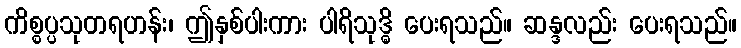
ကိစ္စပ္ပသုတရဟန်း၊ ဤနှစ်ပါးကား ပါရိသုဒ္ဓိ ပေးရသည်။ ဆန္ဒလည်း ပေးရသည်။